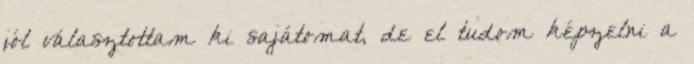
jól választottam ki sajátomat, de el tudom képzelni a